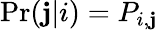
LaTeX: \Pr(\mathbf{j}|i)=P_{i,\mathbf{j}}